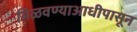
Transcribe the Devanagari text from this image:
मिळवण्याआधीपासून